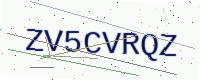
Text: ZV5CVRQZ